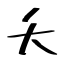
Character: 夭